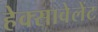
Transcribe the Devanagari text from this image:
हेक्सावेलेंट